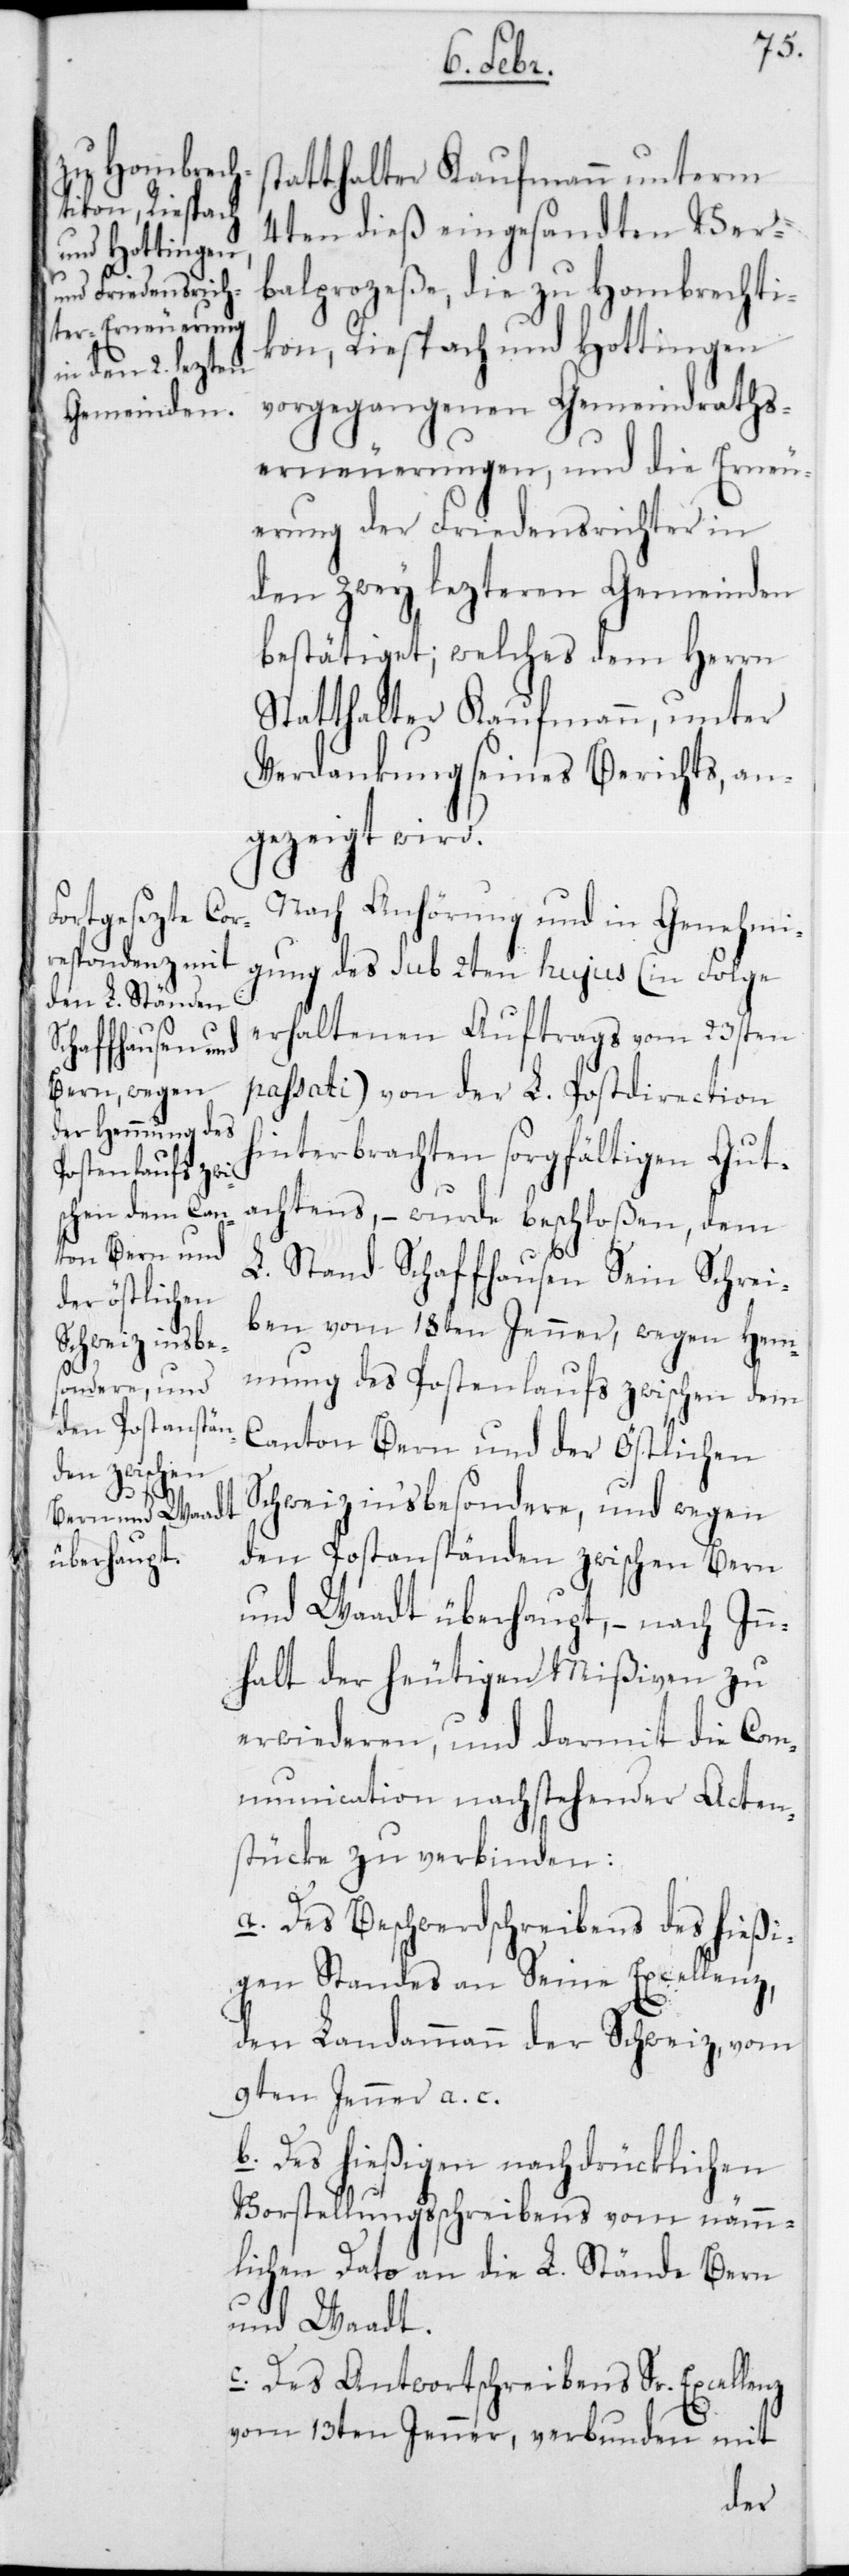
4ten dieß eingesandten Ver¬
balprozeße, die zu Hombrechti¬
kon, Riesbach und Hottingen
vorgegangenen Gemeindraths¬
erneuerungen, und die Erneu¬
erung der Friedensrichter in
den zwey lezteren Gemeinden
bestätiget, welches dem Herrn
Statthalter Kaufmann, unter
Verdankung seines Berichts, an¬
gezeigt wird.
Nach Anhörung und in Genehmi¬
gung des sub 2ten hujus (in Folge
erhaltenen Auftrags vom 23sten
passati) von der L. Postdirection
hinterbrachten sorgfältigen Gut¬
achtens, – wurde beschloßen, dem
L. Stand Schaffhausen Sein Schrei¬
ben vom 18ten Jenner, wegen Hem¬
mung des Postenlaufs zwischen dem
Canton Bern und der Östlichen
Schweiz insbesondere, und wegen
den Postanständen zwischen Bern
und Waadt überhaupt, – nach Inn¬
halt der heutigen Mißiven zu
erwiederen, und darmit die Com¬
munication nachstehender Acten¬
stücke zu verbinden:
a. Des Beschwerdschreibens des hießi¬
gen Standes an Seine Excellenz,
den Landammann der Schweiz, vom
9ten Jenner a. c.
b. Des hießigen nachdrücklichen
Vorstellungsschreibens vom nämm¬
lichen Dato an die L. Stände Bern
und Waadt.
c. Des Antwortschreibens Sr. Excellenz
vom 13ten Jenner, verbunden mit